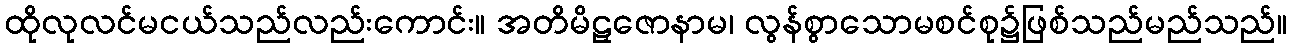
ထိုလုလင်မငယ်သည်လည်းကောင်း။ အတိမိဠှဇောနာမ၊ လွန်စွာသောမစင်စု၌ဖြစ်သည်မည်သည်။